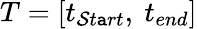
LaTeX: T=[t_{\mathcal{S}t\mathtt{a}rt},~t_{end}]